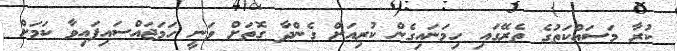
ކުރާ މަސައްކަތުގެ ތެރޭގައި ހިމަނައިގެން ކުރިއަށް ގެންދާ ގޮތަށް ވަނީ ހަމަޖައްސައިފައިވާ ކަމަށް